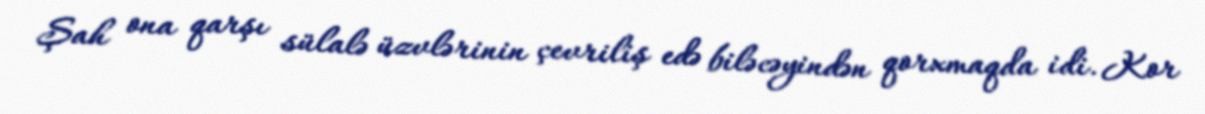
Şah ona qarşı sülalə üzvlərinin çevriliş edə biləcəyindən qorxmaqda idi. Kor